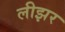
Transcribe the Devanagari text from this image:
लीझर